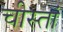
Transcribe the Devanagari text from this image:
चीस्तां